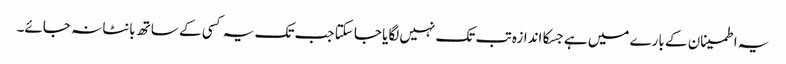
یہ اطمینان کے بارے میں ہے جسکا اندازہ تب تک نہیں لگایا جا سکتا جب تک یہ کسی کے ساتھ بانٹا نہ جائے۔